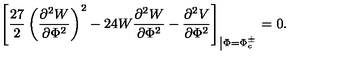
\left[ \frac { 2 7 } { 2 } \left( \frac { \partial ^ { 2 } W } { \partial \Phi ^ { 2 } } \right) ^ { 2 } - 2 4 W \frac { \partial ^ { 2 } W } { \partial \Phi ^ { 2 } } - \frac { \partial ^ { 2 } V } { \partial \Phi ^ { 2 } } \right] _ { \left| \Phi = \Phi _ { c } ^ { \pm } \right. } = 0 .